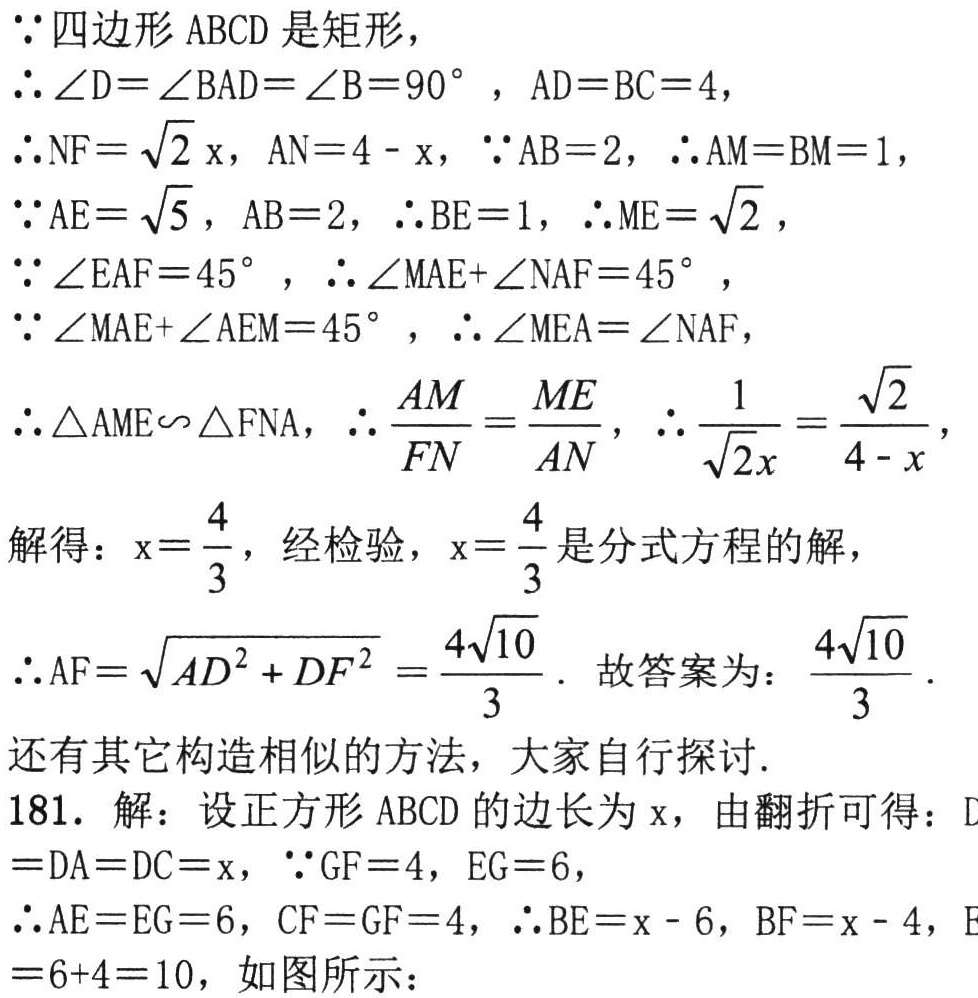
\(\because\)四边形 \(ABCD\) 是矩形，

\(\therefore\angle D = \angle BAD=\angle B = 90^{\circ}\)，\(AD = BC = 4\)，

\(\therefore NF=\sqrt{2}x\)，\(AN = 4 - x\)，\(\because AB = 2\)，\(\therefore AM = BM = 1\)，

\(\because AE=\sqrt{5}\)，\(AB = 2\)，\(\therefore BE = 1\)，\(\therefore ME=\sqrt{2}\)，

\(\because\angle EAF = 45^{\circ}\)，\(\therefore\angle MAE+\angle NAF = 45^{\circ}\)，

\(\because\angle MAE+\angle AEM = 45^{\circ}\)，\(\therefore\angle MEA=\angle NAF\)，

\(\therefore\triangle AME\sim\triangle FNA\)，\(\therefore\frac{AM}{FN}=\frac{ME}{AN}\)，\(\therefore\frac{1}{\sqrt{2}x}=\frac{\sqrt{2}}{4 - x}\)，

解得：\(x = \frac{4}{3}\)，经检验，\(x=\frac{4}{3}\) 是分式方程的解，

\(\therefore AF=\sqrt{AD^{2}+DF^{2}}=\frac{4\sqrt{10}}{3}\). 故答案为：\(\frac{4\sqrt{10}}{3}\).

还有其它构造相似的方法，大家自行探讨.

181. 解：设正方形 \(ABCD\) 的边长为 \(x\)，由翻折可得：\(D = DA = DC = x\)，\(\because GF = 4\)，\(EG = 6\)，

\(\therefore AE = EG = 6\)，\(CF = GF = 4\)，\(\therefore BE = x - 6\)，\(BF = x - 4\)，\(E = 6 + 4 = 10\)，如图所示：